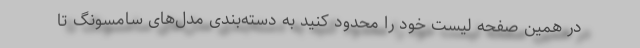
در همین صفحه لیست خود را محدود کنید به دسته‌بندی مدل‌های سامسونگ تا